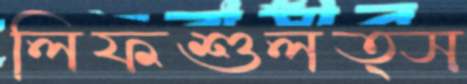
লিফশুলত্স